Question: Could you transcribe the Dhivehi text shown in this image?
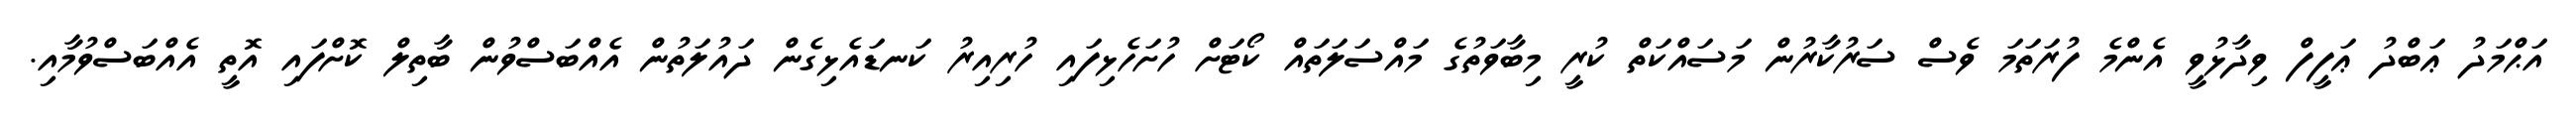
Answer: އަޙްމަދު ޢަބްދު ޢަފީފް ވިދާޅުވީ އެންމެ ފުރަތަމަ ވެސް ސަރުކާރުން މަސައްކަތް ކުރީ މިބާވަތުގެ މައްސަލަތައް ކޯޓަށް ހުށަހެޅިފައި ހުރިއިރު ކަނޑައެޅިގެން ދައުލަތުން އެއްބަސްވުން ބާތިލް ކޮށްފައި އޮތީ އެއްބަސްވުމާއި.